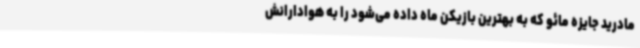
مادرید جایزه مائو که به بهترین بازیکن ماه داده می‌شود را به هوادارانش